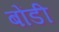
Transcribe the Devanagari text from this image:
बोंडी